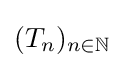
(T_{n})_{n\in \mathbb {N} }